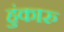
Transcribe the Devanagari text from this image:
हुंकारु